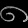
Digit: ၈